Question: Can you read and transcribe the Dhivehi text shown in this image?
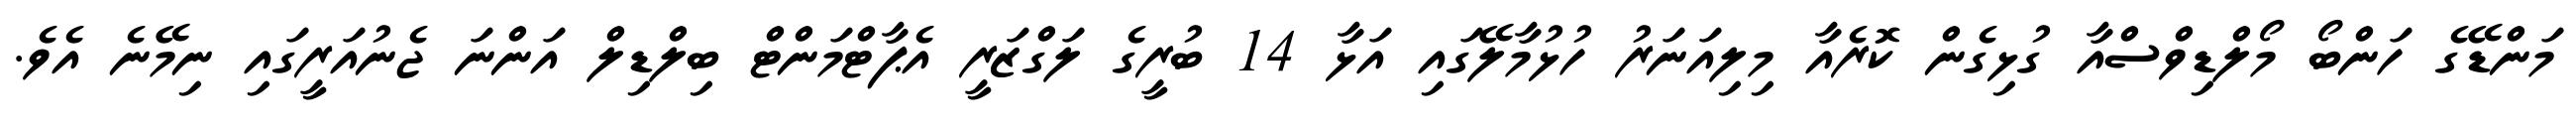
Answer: މަންޑޭގެ ހަންބޯ މޯލްޑިވްސްއާ ގުޅިގެން ކޮރެއާ މިލިއަނަރު ހުޅުމާލޭގައި އަޅާ 14 ބުރީގެ ލަގްޒަރީ އެޕާޓްމަންޓް ބިލްޑިލް އަންނަ ޖެނުއަރީގައި ނިމޭނެ އެވެ.